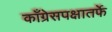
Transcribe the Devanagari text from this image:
काँग्रेसपक्षातर्फे